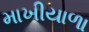
માખીયાળા